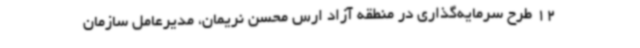
12 طرح سرمایه‌گذاری در منطقه آزاد ارس محسن نریمان، مدیرعامل سازمان